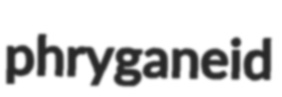
phryganeid